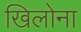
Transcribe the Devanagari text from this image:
खिलोना